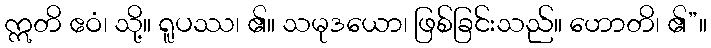
ဣတိ ဧဝံ၊ သို့။ ရူပဿ၊ ၏။ သမုဒယော၊ ဖြစ်ခြင်းသည်။ ဟောတိ၊ ၏”။